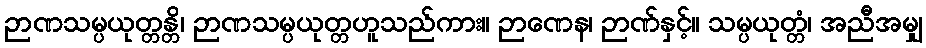
ဉာဏသမ္ပယုတ္တန္တိ၊ ဉာဏသမ္ပယုတ္တဟူသည်ကား။ ဉာဏေန၊ ဉာဏ်နှင့်။ သမ္ပယုတ္တံ၊ အညီအမျှ